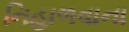
નિહાળવાના